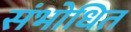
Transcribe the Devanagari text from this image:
संभोधित